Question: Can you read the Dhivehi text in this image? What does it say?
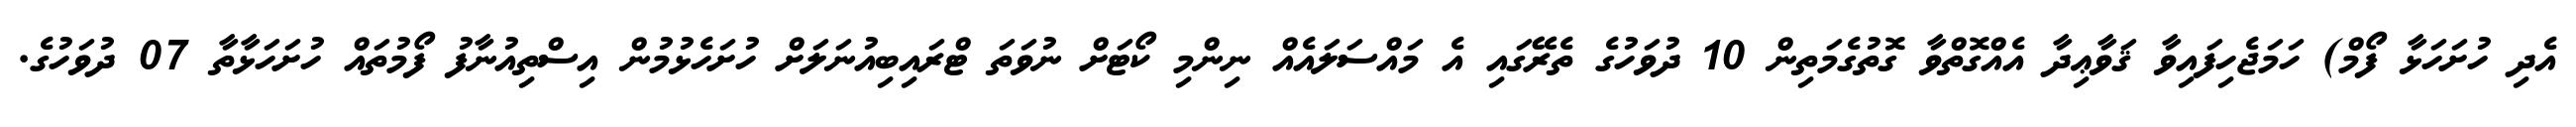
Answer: އެދި ހުށަހަޅާ ފޯމް) ހަމަޖެހިފައިވާ ޤަވާޢިދާ އެއްގޮތްވާ ގޮތުގެމަތިން 10 ދުވަހުގެ ތެރޭގައި އެ މައްސަލައެއް ނިންމި ކޯޓަށް ނުވަތަ ޓްރައިބިއުނަލަށް ހުށަހެޅުމުން އިސްތިއުނާފު ފޯމުތައް ހުށަހަޅާތާ 07 ދުވަހުގެ.